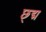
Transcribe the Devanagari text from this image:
छ्द्म